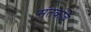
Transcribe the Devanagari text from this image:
संतकवि